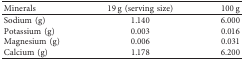
| Minerals | 19 g (serving size) | 100 g |
 | --- | --- | --- |
 | Sodium (g) | 1.140 | 6.000 |
 | Potassium (g) | 0.003 | 0.016 |
 | Magnesium (g) | 0.006 | 0.031 |
 | Calcium (g) | 1.178 | 6.200 |